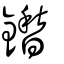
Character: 𨯀